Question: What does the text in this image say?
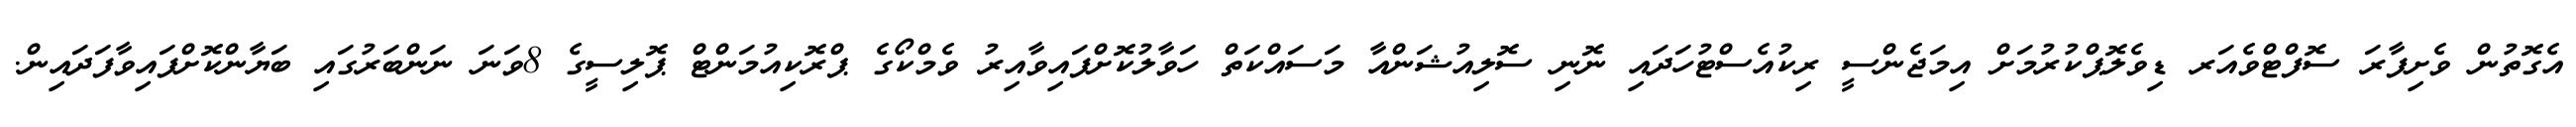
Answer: އެގޮތުން ވެށިފާރަ ސޮފްޓްވެއަރ ޑިވެލޮޕްކުރުމަށް އިމަޖެންސީ ރިކުއެސްޓުހަދައި ނޮނި ސޮލިއުޝަންއާ މަސައްކަތް ހަވާލުކޮށްފައިވާއިރު ވެމްކޯގެ ޕްރޮކިއުމަންޓް ޕޮލިސީގެ 8ވަނަ ނަންބަރުގައި ބަޔާންކޮށްފައިވާފަދައިން.